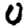
Digit: 0